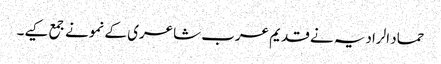
حماد الرادیہ نے قدیم عرب شاعری کے نمونے جمع کیے۔